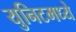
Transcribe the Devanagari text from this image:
युनिटमध्ये